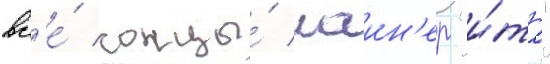
вс'е́ концы́ лаин'ер "и́та"